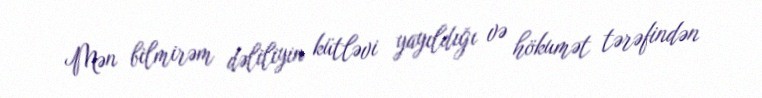
Mən bilmirəm dəliliyin kütləvi yayıldığı və hökumət tərəfindən